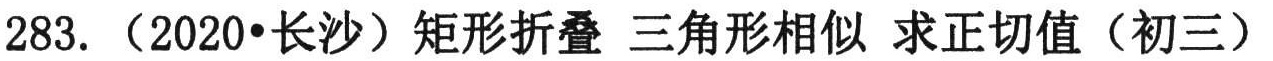
283. （2020•长沙）矩形折叠 三角形相似 求正切值（初三）